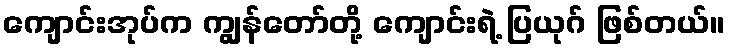
ကျောင်းအုပ်က ကျွန်တော်တို့ ကျောင်းရဲ့ ပြယုဂ် ဖြစ်တယ်။